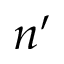
n ^ { \prime }